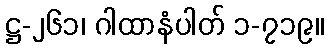
ဋ္ဌ-၂၆၁၊ ဂါထာနံပါတ် ၁-၇၁၉။